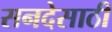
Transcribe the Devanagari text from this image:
सनदेसाठी